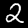
Label: 2